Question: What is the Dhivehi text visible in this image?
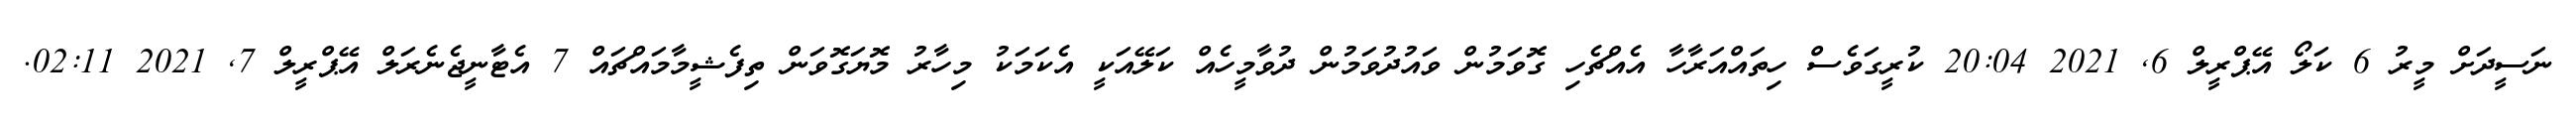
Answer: ނަސީދަށް މީރު 6 ކަލޯ އޭޕްރީލް 6, 2021 20:04 ކުރީގަވެސް ހިތައްއަރާހާ އެއްޗެހި ގޮވަމުން ވައުދުވަމުން ދުވާމީހެއް ކަލޭއަކީ އެކަމަކު މިހާރު މޮޔަގޮވަން ތިފެޝީމާމައްޗައް 7 އެޓާނީޖެނެރަލް އޭޕްރީލް 7, 2021 02:11.